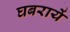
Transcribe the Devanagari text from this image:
घबरायें